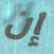
إن